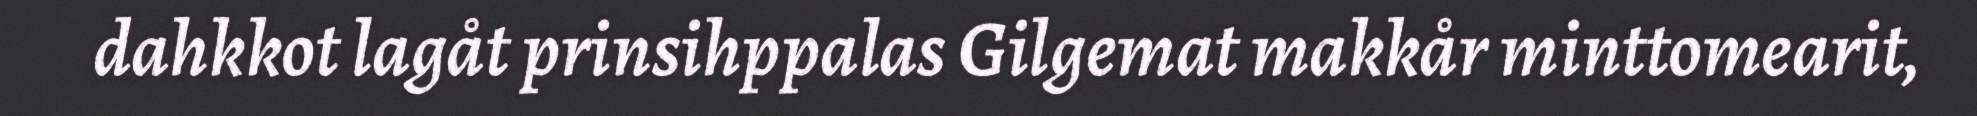
dahkkot lagåt prinsihppalas Gilgemat makkår minttomearit,